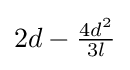
2d-{\tfrac {4d^{2}}{3l}}